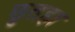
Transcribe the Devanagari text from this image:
छुतहा